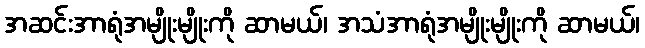
အဆင်းအာရုံအမျိုးမျိုးကို ဆာမယ်၊ အသံအာရုံအမျိုးမျိုးကို ဆာမယ်၊